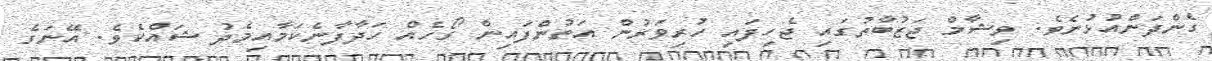
ގެންދަންއުޅުނެވެ. ވިޝާމް ޖަޒުބާތުގައި ޖެހިފައި ހުރިވަރުން އަތުންފައިން ގޯހެއް ހަދާފާނެކަމާއިމެދު ޝައްކެވެ. އޭނަގެ